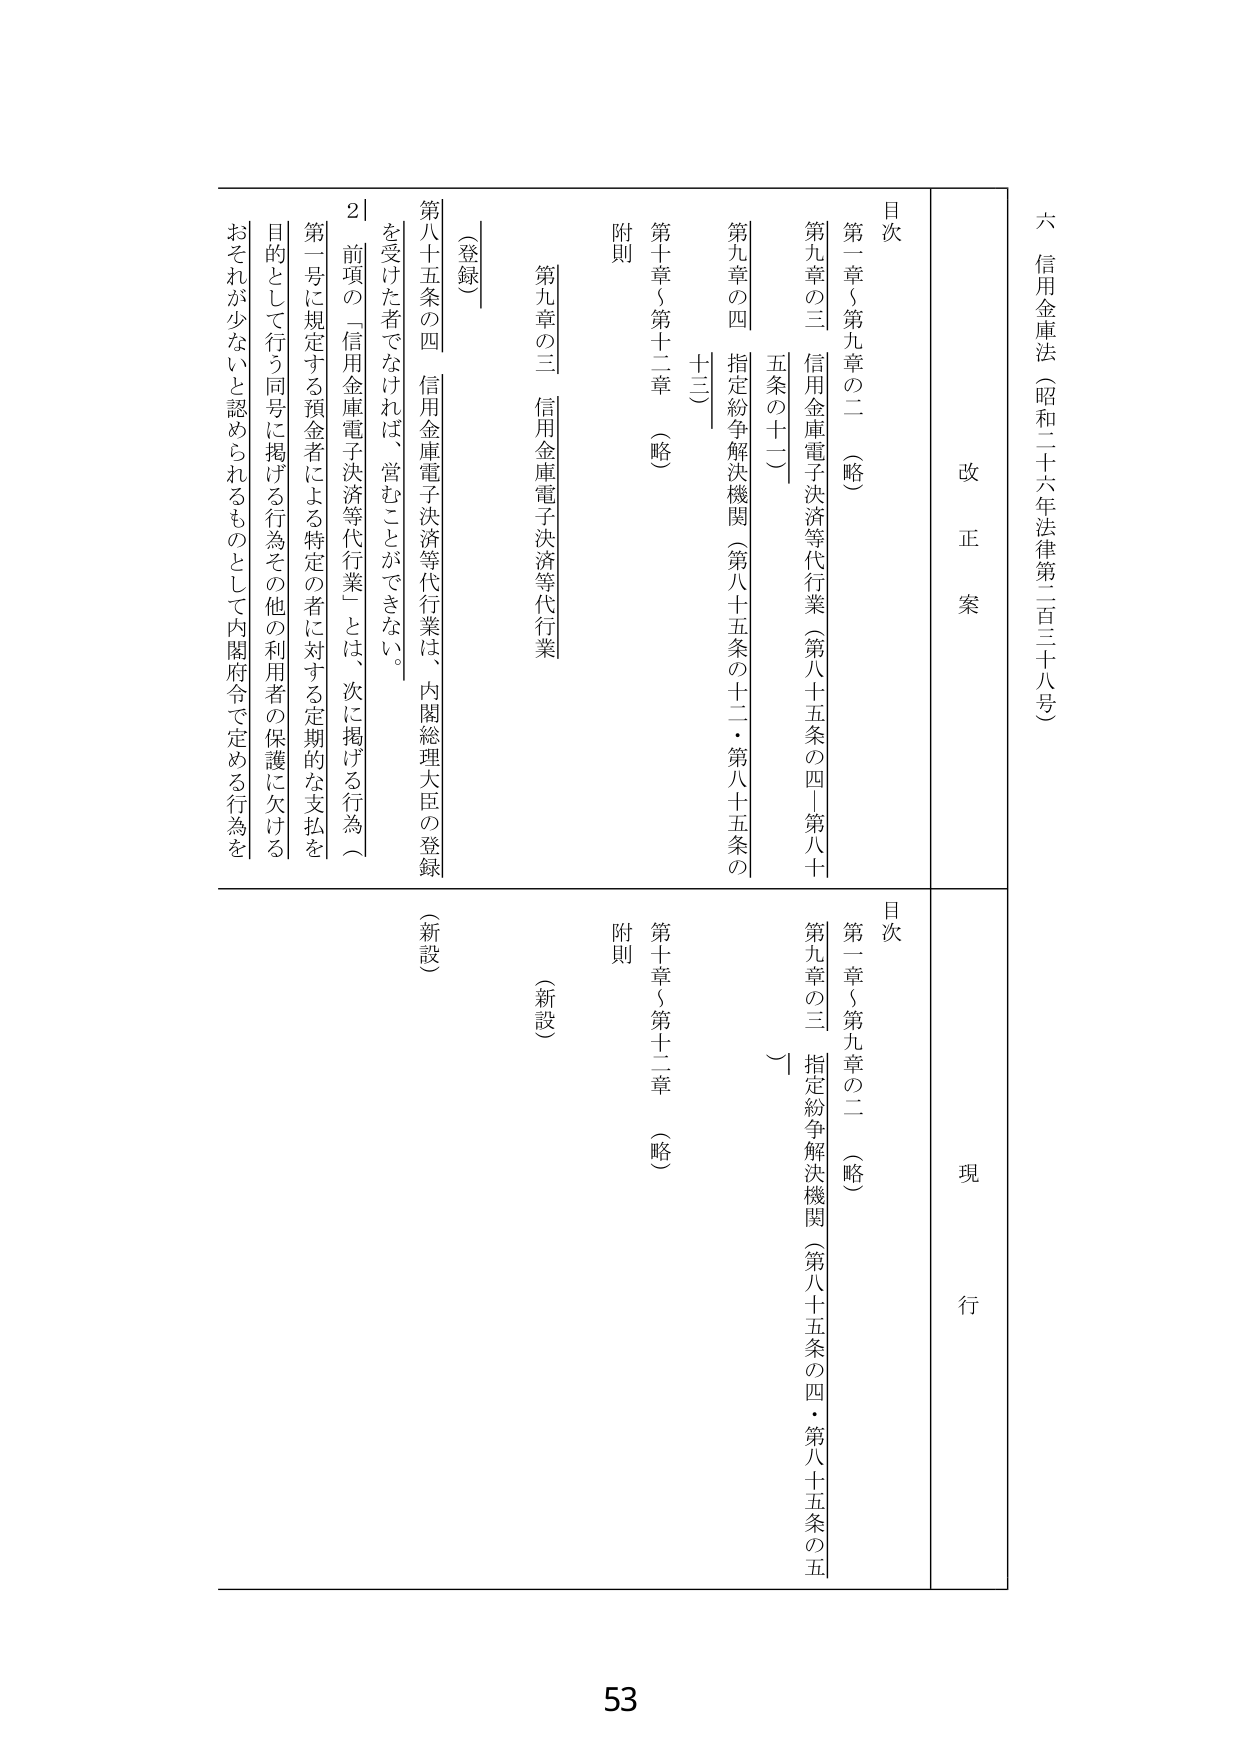
六 信用金庫法（昭和二十六年法律第二百三十八号）

改正案

目次
第一章～第九章の二 （略）
第九章の三 信用金庫電子決済等代行業（第八十五条の四～第八十五条の十二）
第九章の四 指定紛争解決機関（第八十五条の十二・第八十五条の十三）
第十章～第十二章 （略）
附則

（登録）
第八十五条の四 信用金庫電子決済等代行業は、内閣総理大臣の登録を受けた者でなければ、営むことができない。
2 前項の「信用金庫電子決済等代行業」とは、次に掲げる行為（第一号に規定する預金者による特定の者に対する定期的な支払を目的として行う同号に掲げる行為その他利用者の保護に欠けるおそれがないと認められるものとして内閣府令で定める行為を

現行

目次
第一章～第九章の二 （略）
第九章の三 指定紛争解決機関（第八十五条の四・第八十五条の五）
第十章～第十二章 （略）
附則

（新設）
（新設）

53